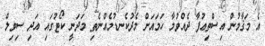
އެ މަޤާމުން އިސްތިޢުފާ ދެއްވުމާ ހަމައަށް މެދުކެނޑުމެއްނެތި މަދަނީ ކޯޓުގައި އަދި ސިވިލް